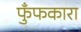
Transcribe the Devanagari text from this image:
फुँफकारा